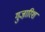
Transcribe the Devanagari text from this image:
गुजा़रिश